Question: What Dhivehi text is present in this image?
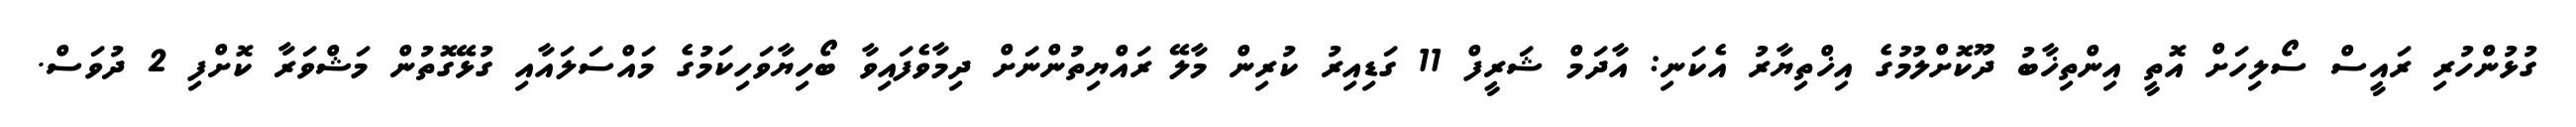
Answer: ގުޅުންހުރި ރައީސް ސޯލިހަށް އޮތީ އިންތިޚާބު ދޫކޮށްލުމުގެ އިޚްތިޔާރު އެކަނި: އާދަމް ޝަރީފް 11 ގަޑިއިރު ކުރިން މާލޭ ރައްޔިތުންނަށް ދިމާވެފައިވާ ބޯހިޔާވަހިކަމުގެ މައްސަލައާއި ގުޅޭގޮތުން މަޝްވަރާ ކޮށްފި 2 ދުވަސް.